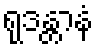
ရုဒန္တာနံ